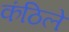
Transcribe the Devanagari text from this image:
कंठिले